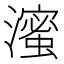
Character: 𬉗